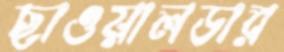
ছাওয়ালডার